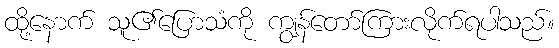
ထို့နောက် သူ၏ပြောသံကို ကျွန်တော်ကြားလိုက်ရပါသည်။